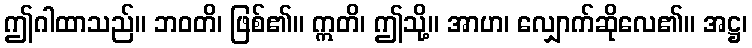
ဤဂါထာသည်။ ဘဝတိ၊ ဖြစ်၏။ ဣတိ၊ ဤသို့။ အာဟ၊ လျှောက်ဆိုလေ၏။ အဋ္ဌ၊